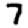
Digit: 7